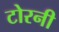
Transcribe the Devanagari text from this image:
टोरनी